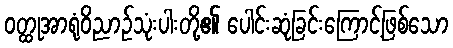
ဝတ္ထုအာရုံဝိညာဉ်သုံးပါးတို့၏ ပေါင်းဆုံခြင်းကြောင့်ဖြစ်သော